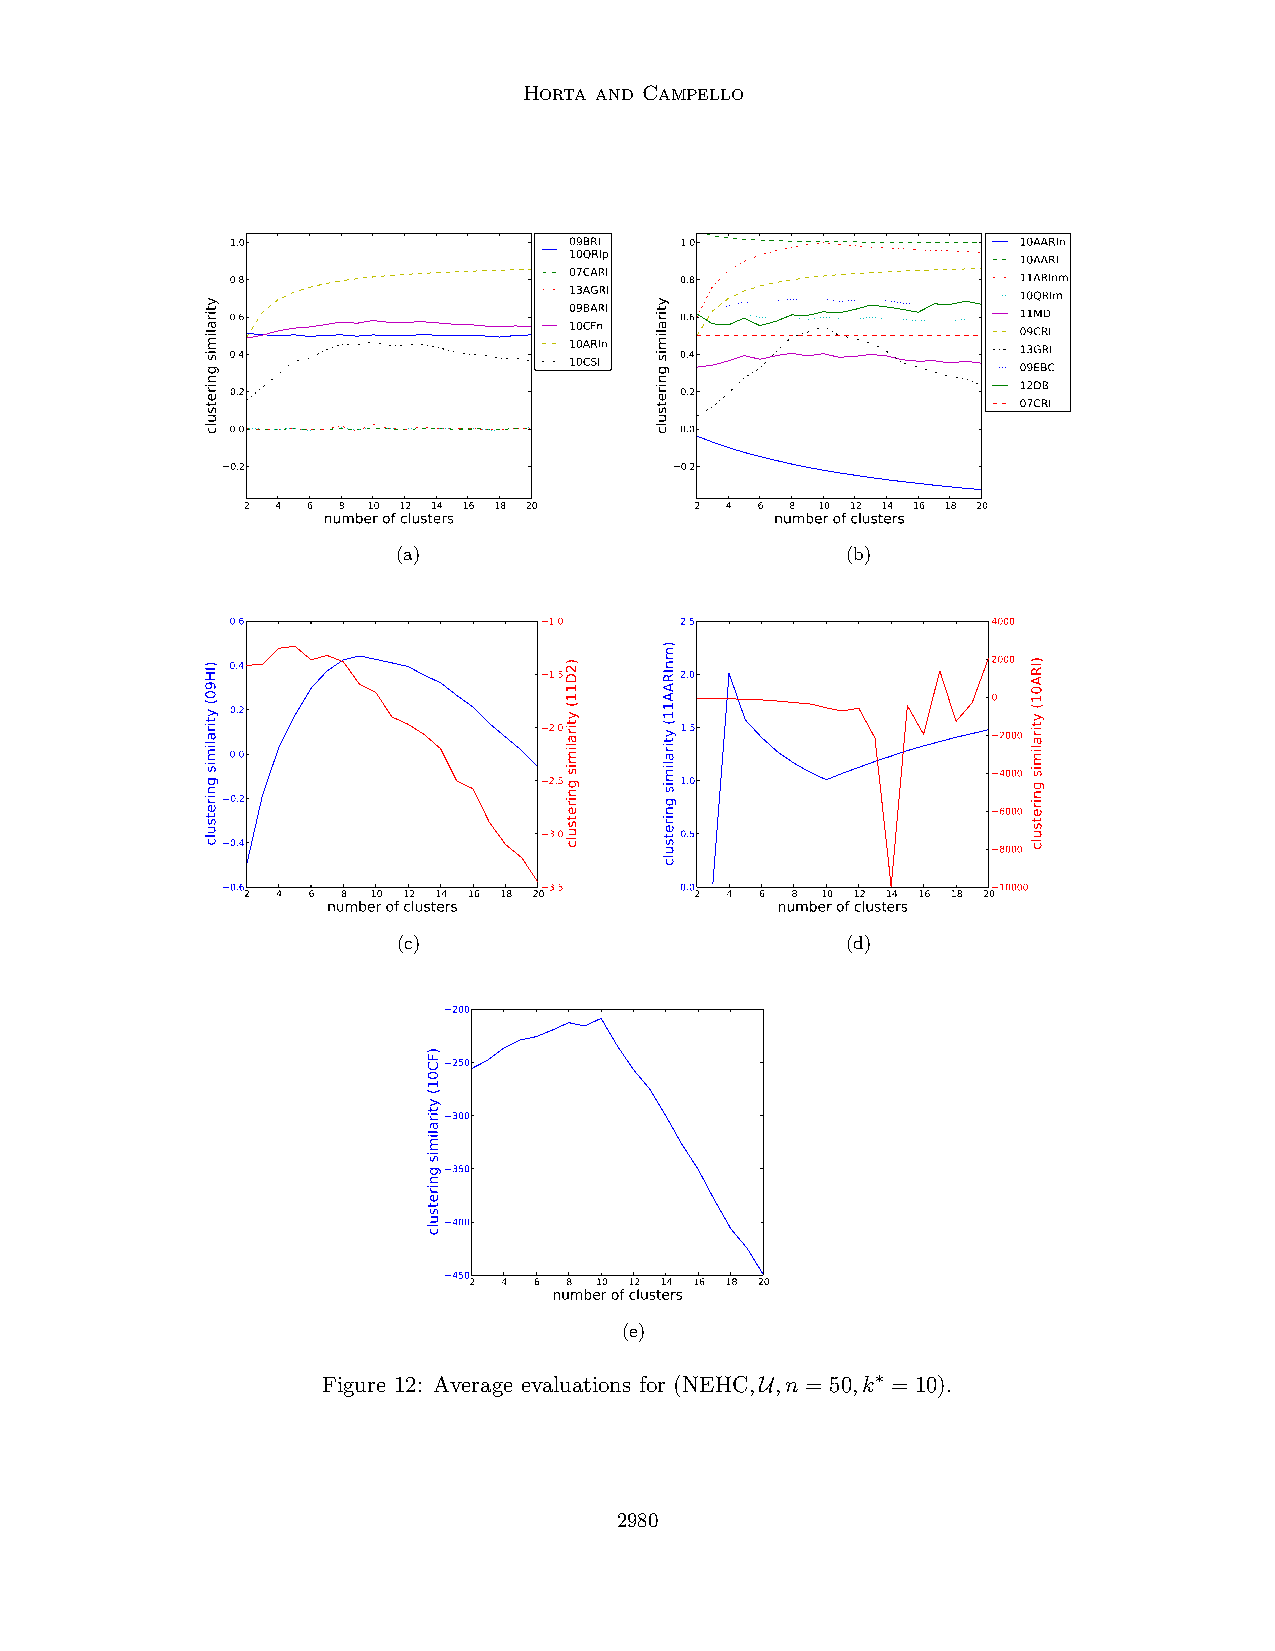
Horta and Campello
 1.0                    09BRI  1.0                    10AARIn
 10QRIp                        10AARI
 0.8                    07CARI 0.8                    11ARInm
 13AGRI                        10QRIm
 0.6                    09BARI 0.6                    11MD
 10CFn                         09CRI
 0.4                    10ARIn 0.4                    13GRI
 10CSI                         09EBC
 12DB
 0.2                           0.2
 07CRI
 0.0                           0.0
 0.2                           0.2
 2 4 6 8 10 12 14 16 18 20     2 4 6 8 10 12 14 16 18 20
 number of clusters            number of clusters
 (a)                           (b)
 0.6                  1.0      2.5                  4000
 2000 0.4
 1.5      2.0
 0
 0.2
 2.0      1.5                  2000
 0.0
 4000 2.5 1.0
 0.2
 6000
 3.0      0.5
 0.4
 8000
 0.6                  3.5      0.0                  10000
 2 4 6  8 10 12 14 16 18 20    2 4 6 8 10 12 14 16 18 20
 number of clusters           number of clusters
 (c)                           (d)
 200
 250
 300
 350
 400
 450
 2 4 6 8 10 12 14 16 18 20
 number of clusters
 (e)
 Figure 12: Average evaluations for (NEHC,U,n = 50,k∗ = 10).
 2980
 ytiralimis
 gniretsulc
 )IH90(
 ytiralimis
 gniretsulc
 )FC01(
 ytiralimis
 gniretsulc
 )2D11(
 ytiralimis
 gniretsulc
 ytiralimis
 gniretsulc
 )mnIRAA11(
 ytiralimis
 gniretsulc
 )IRA01(
 ytiralimis
 gniretsulc